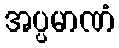
အပ္ပမာဏံ